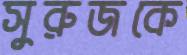
সুরুজকে